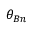
\theta _ { B n }